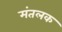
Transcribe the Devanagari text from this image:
मंतलक